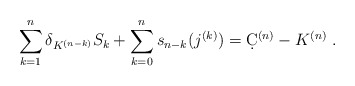
\begin{align*}\sum_{k=1}^n\delta_{K^{(n-k)}}S_{k}+\sum_{k=0}^n s_{n-k}(j^{(k)})=\d C^{(n)}-K^{(n)}\ .\end{align*}